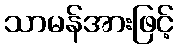
သာမန်အားဖြင့်